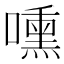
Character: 嚑